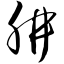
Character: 肼